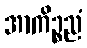
အာကိဉ္စညံ